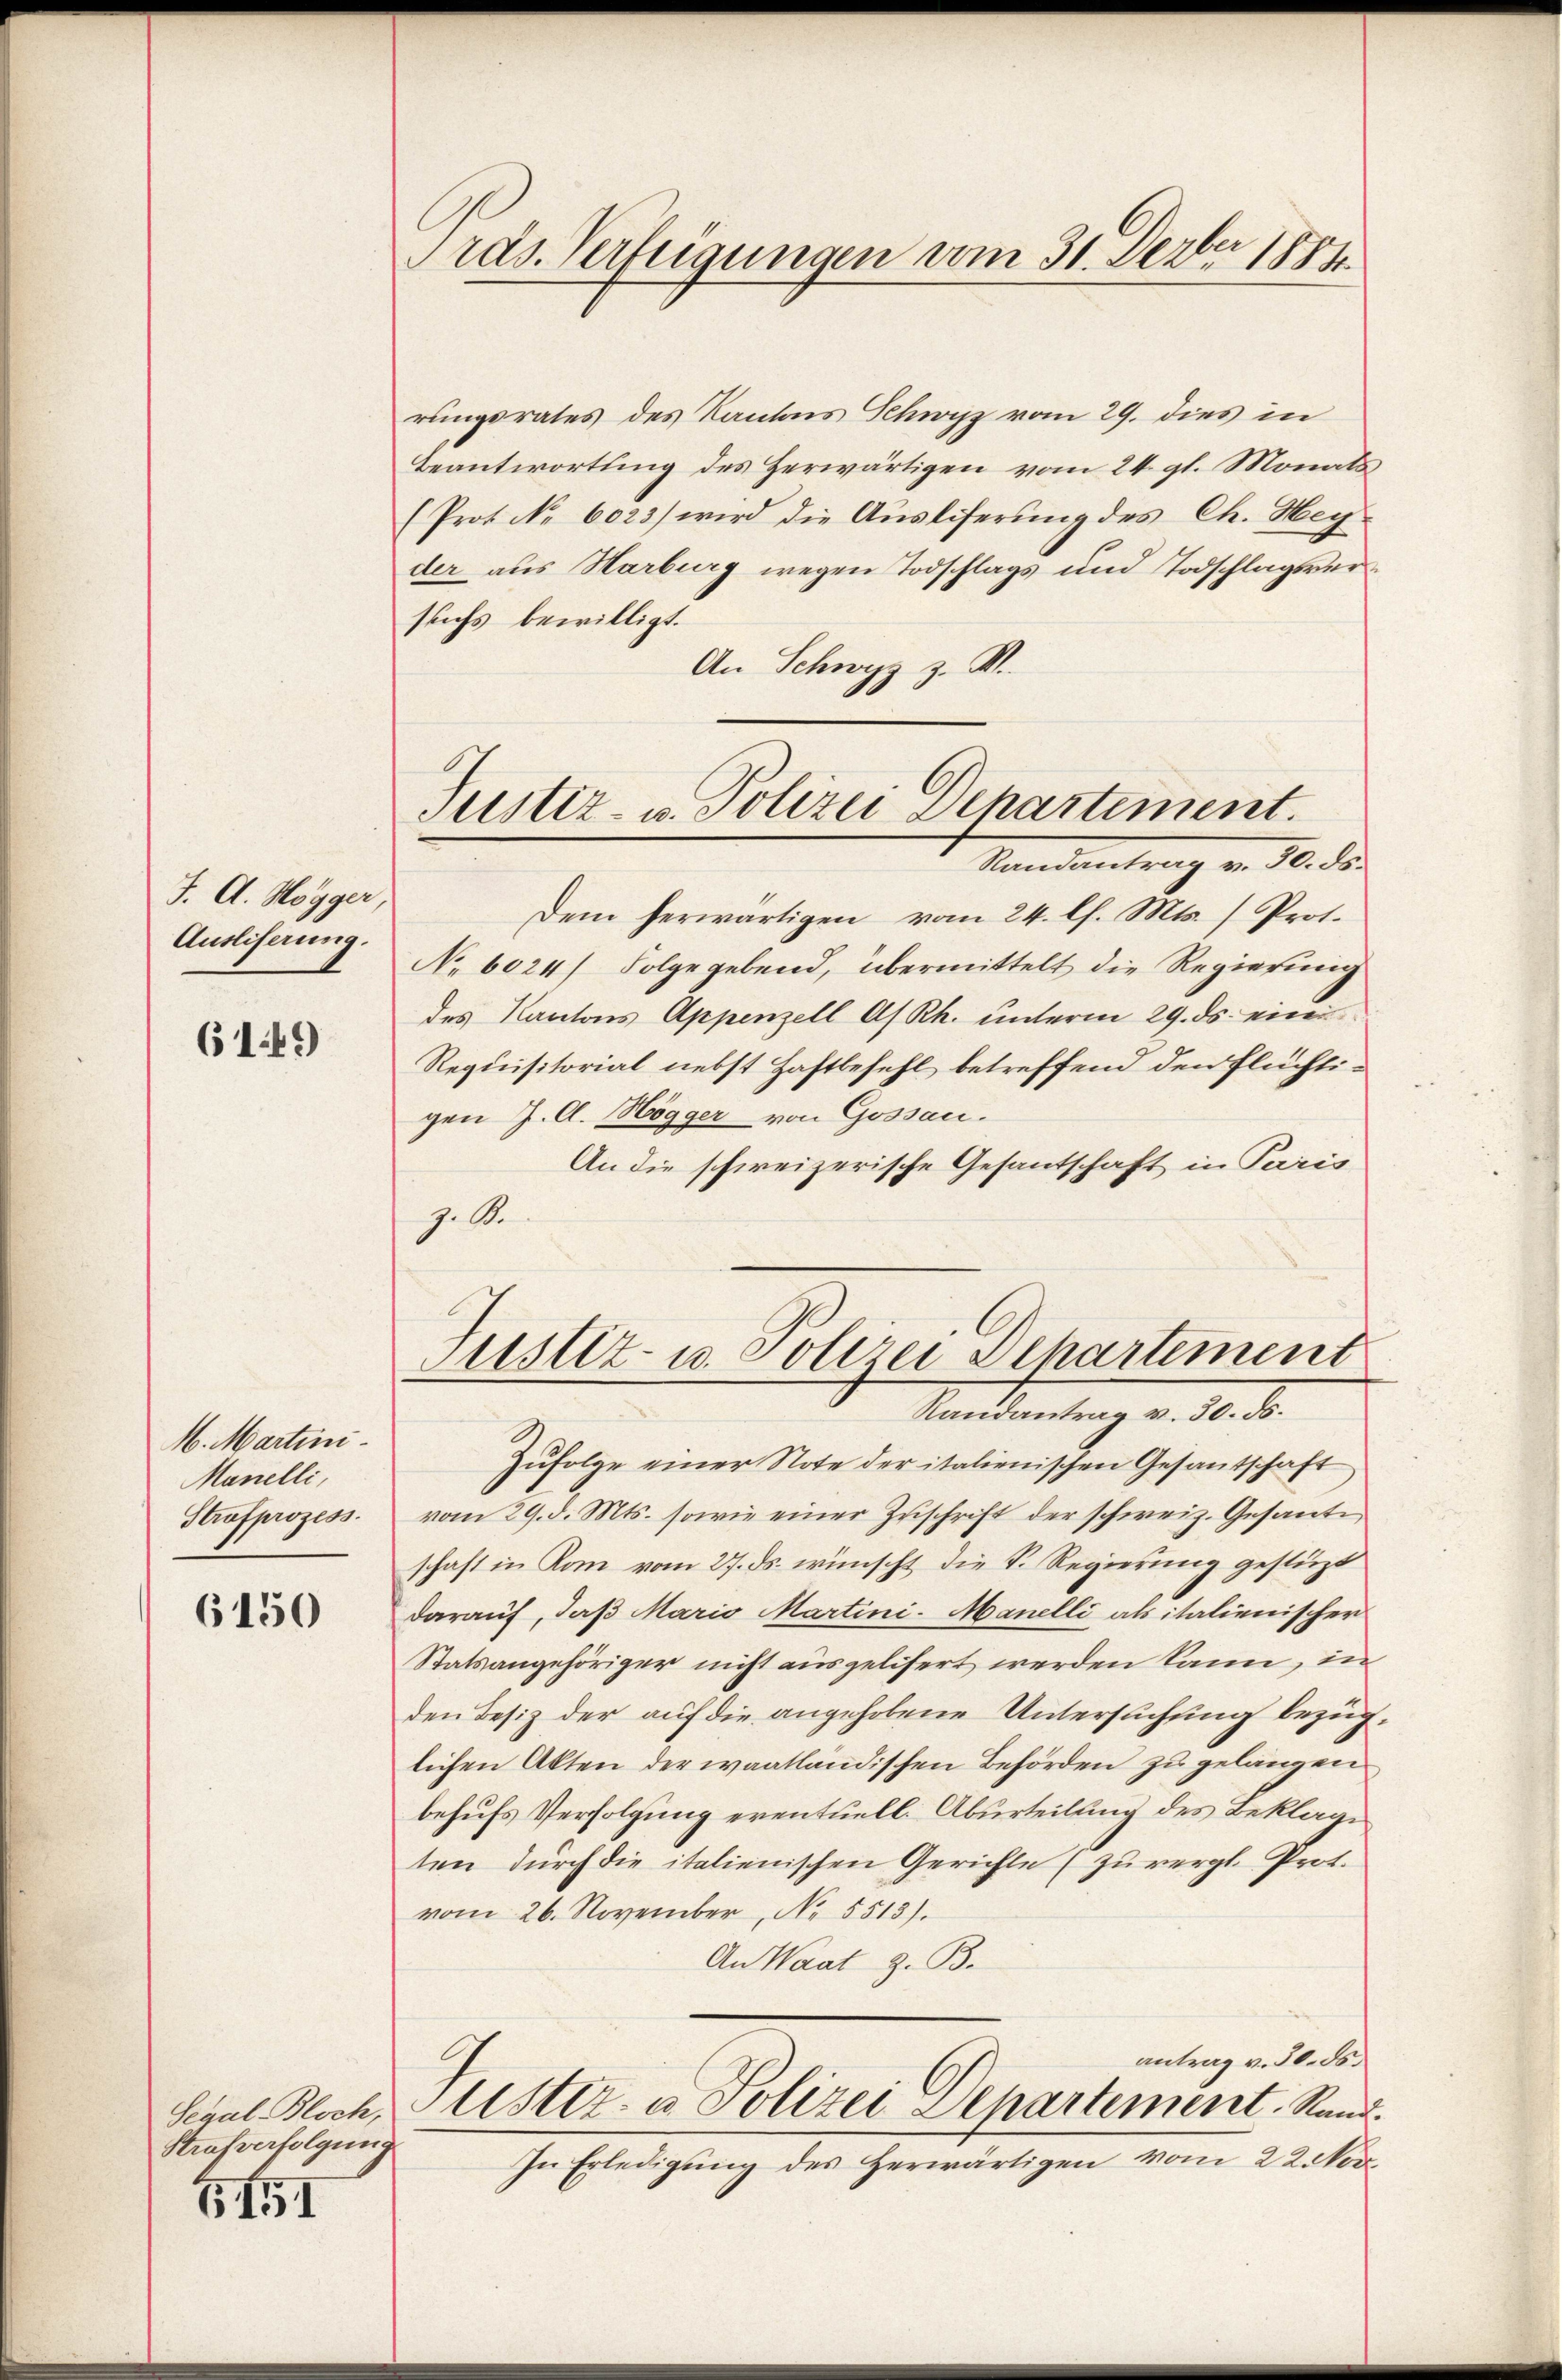
J. A. Mögger,
Ausliserung.

6149

M. Martini.
Manelli,
Strafprozess.

6150

Strafverfolgung

BII

ras. Verfügungen vom 31. Feber 1881

Justiz- u. Polizei Departement.
Randantrag v. 30. ds.

rungsrates des Kantons Schwyz vom 29. dies in
Beantwortung des Herwärtigen vom 24. gl. Monats
(Prot. No. 6023) wird die Ausliferung des Ch. Heyder aus Harburg wegen Todschlags und Todschlagsverstichs bewilligt.
An Schwyz z. W.
Dem herwärtigen vom 24. l. Mts. (Prot.
No 6024/ Folgegebend, übermittelt die Regierung
des Kantons Appenzell A/Rh. unterm 29. ds. einen
Requisitorial nebst Haftbefehl betreffend den Flüchtigen J. A. Högger von Gossau.
An die schweizerische Gesantschaft in Paris
z. S.
Justiz- u. Polizei Departement
Mandantrag v. 10. d.
Zŭfolge einer Note der italienischen Gesantschaft
vom 29. d. Mts. sowie einer Zuschrift der schweiz. Gesante
schaft in Rom vom 27. ds. wünscht die D. Regierung gestüzt
darauf, daß Maris Martini-Manelli als italienischer
Statsangehöriger nicht ausgelisert werden kann, in
den Besiz der auf die angehobene Untersuchung bezuglichen Akten der waatländischen Behörden zu gelangen
behufs Verfolgung eventuell. Aburteilung des Beklage
ten durch die italienischen Gerichte (zu vergl. Prot.
vom 26. November, No. 5513).
An Waat z. B.
antrag v. 30. ds.
Scral. Bloch, Justiz- u. Polizei Departement. Rand.
In Erledigung des Herwärtigen vom 22. Nov.